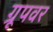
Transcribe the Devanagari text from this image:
ग्रूपवर